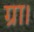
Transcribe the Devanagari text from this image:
ग्रा।